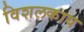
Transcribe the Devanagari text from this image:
विशलकाय